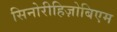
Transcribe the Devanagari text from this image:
सिनोरीहिज़ोबिएम